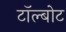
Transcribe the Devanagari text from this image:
टॉल्बोट